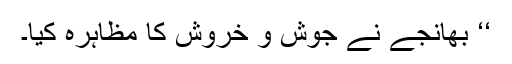
‘‘ بھانجے نے جوش و خروش کا مظاہرہ کیا۔